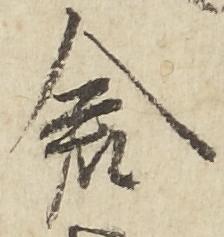
倉